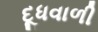
દૂધવાળી